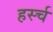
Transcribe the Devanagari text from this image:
हर्स्च